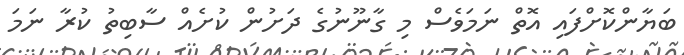
ބަޔާންކޮށްފައި އޮތް ނަމަވެސް މި ގާނޫނުގެ ދަށުން ކުށެއް ސާބިތު ކުރާ ނަމަ